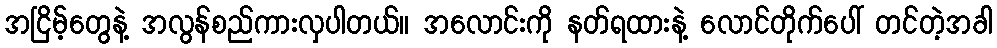
အငြိမ့်တွေနဲ့ အလွန်စည်ကားလှပါတယ်။ အလောင်းကို နတ်ရထားနဲ့ လောင်တိုက်ပေါ် တင်တဲ့အခါ